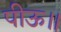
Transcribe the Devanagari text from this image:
पीऊ॥